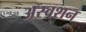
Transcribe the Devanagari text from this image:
अस्वशन